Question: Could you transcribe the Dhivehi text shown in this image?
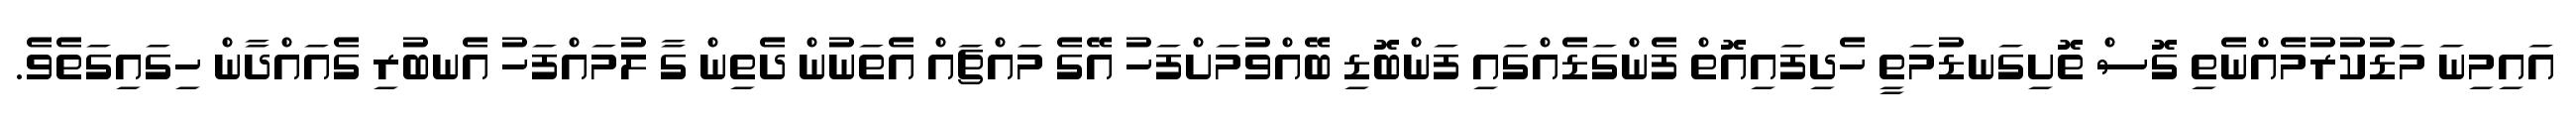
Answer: އައިމިނަ މަޑުކުރުމެއްނެތި ގޮސް ތޮށިގަނޑުމަތީ ހެދިފައިއޮތް ފެންގަޑެއްގައި ފަންބޮޑި ބޭއްވުމަށްފަހު އޭގެ މައްޗައް އެތަނުން ދެތިން ގާ ލުމައްފަހު އެނބުރި ގެއައްދާން ހިގައިގަތެވެ.